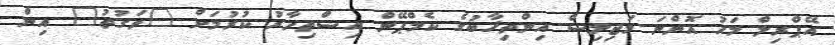
އޭޕްރިލް މަހު އޮންނަ މަޖިލިސް އިންތިޚާބުގެ ކެމްޕޭން އިސްތިހާރު ކުރުމަށް "ވަގުތު" އިން